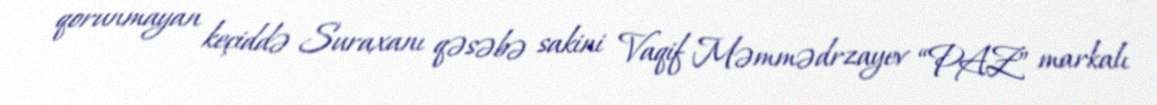
qorunmayan keçiddə Suraxanı qəsəbə sakini Vaqif Məmmədrzayev “PAZ” markalı